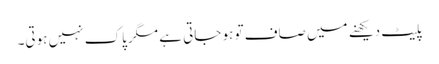
پلیٹ دیکھنے میں صاف تو ہو جاتی ہے مگر پاک نہیں ہوتی۔